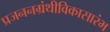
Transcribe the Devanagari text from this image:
प्रजननग्रंथीविकासारंभ